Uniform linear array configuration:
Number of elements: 4
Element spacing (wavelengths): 1
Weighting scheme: hann
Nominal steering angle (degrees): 15
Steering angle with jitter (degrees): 13.727
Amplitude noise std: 0.05
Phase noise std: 0.05

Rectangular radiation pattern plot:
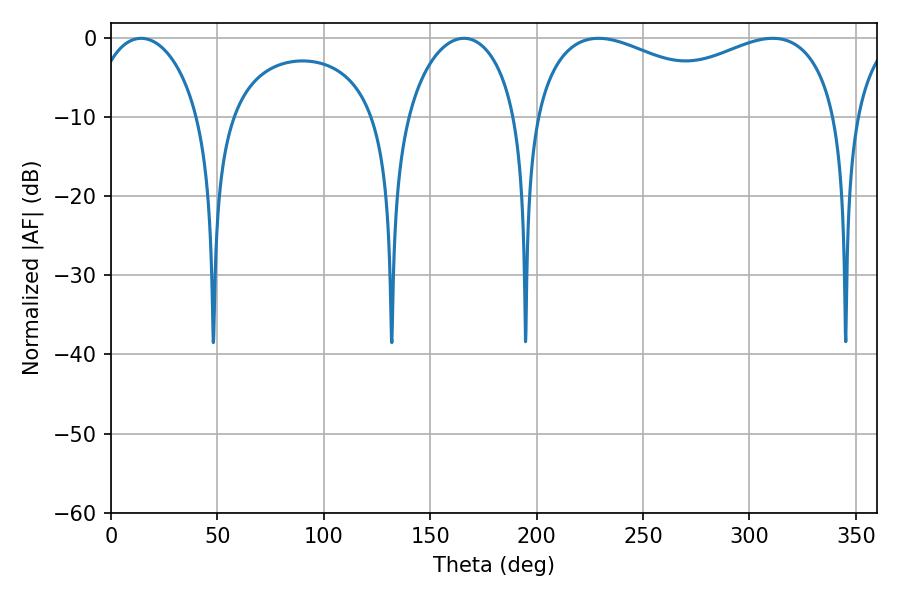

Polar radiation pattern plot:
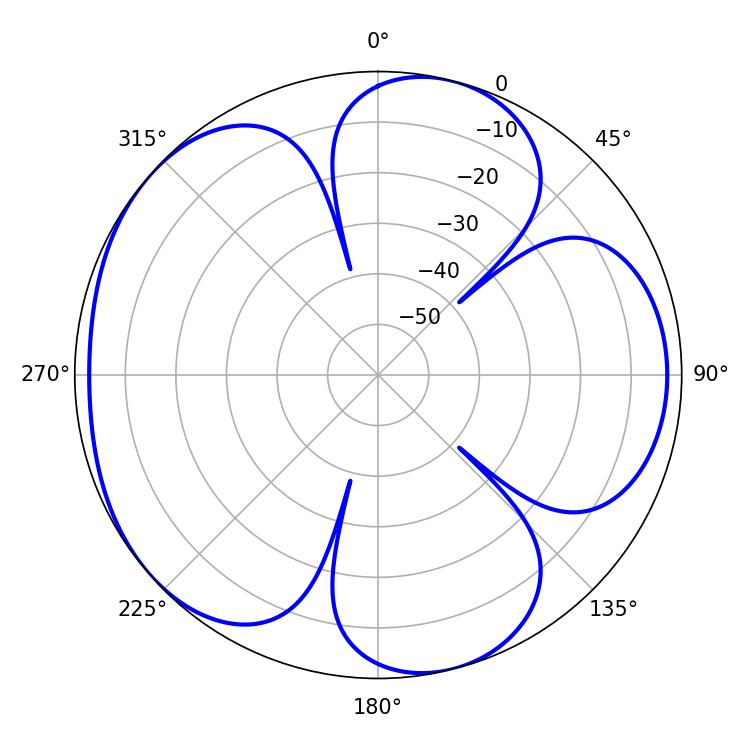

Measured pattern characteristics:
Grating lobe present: TRUE
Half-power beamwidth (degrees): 119.16
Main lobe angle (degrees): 229.14